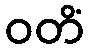
ဝတိံ